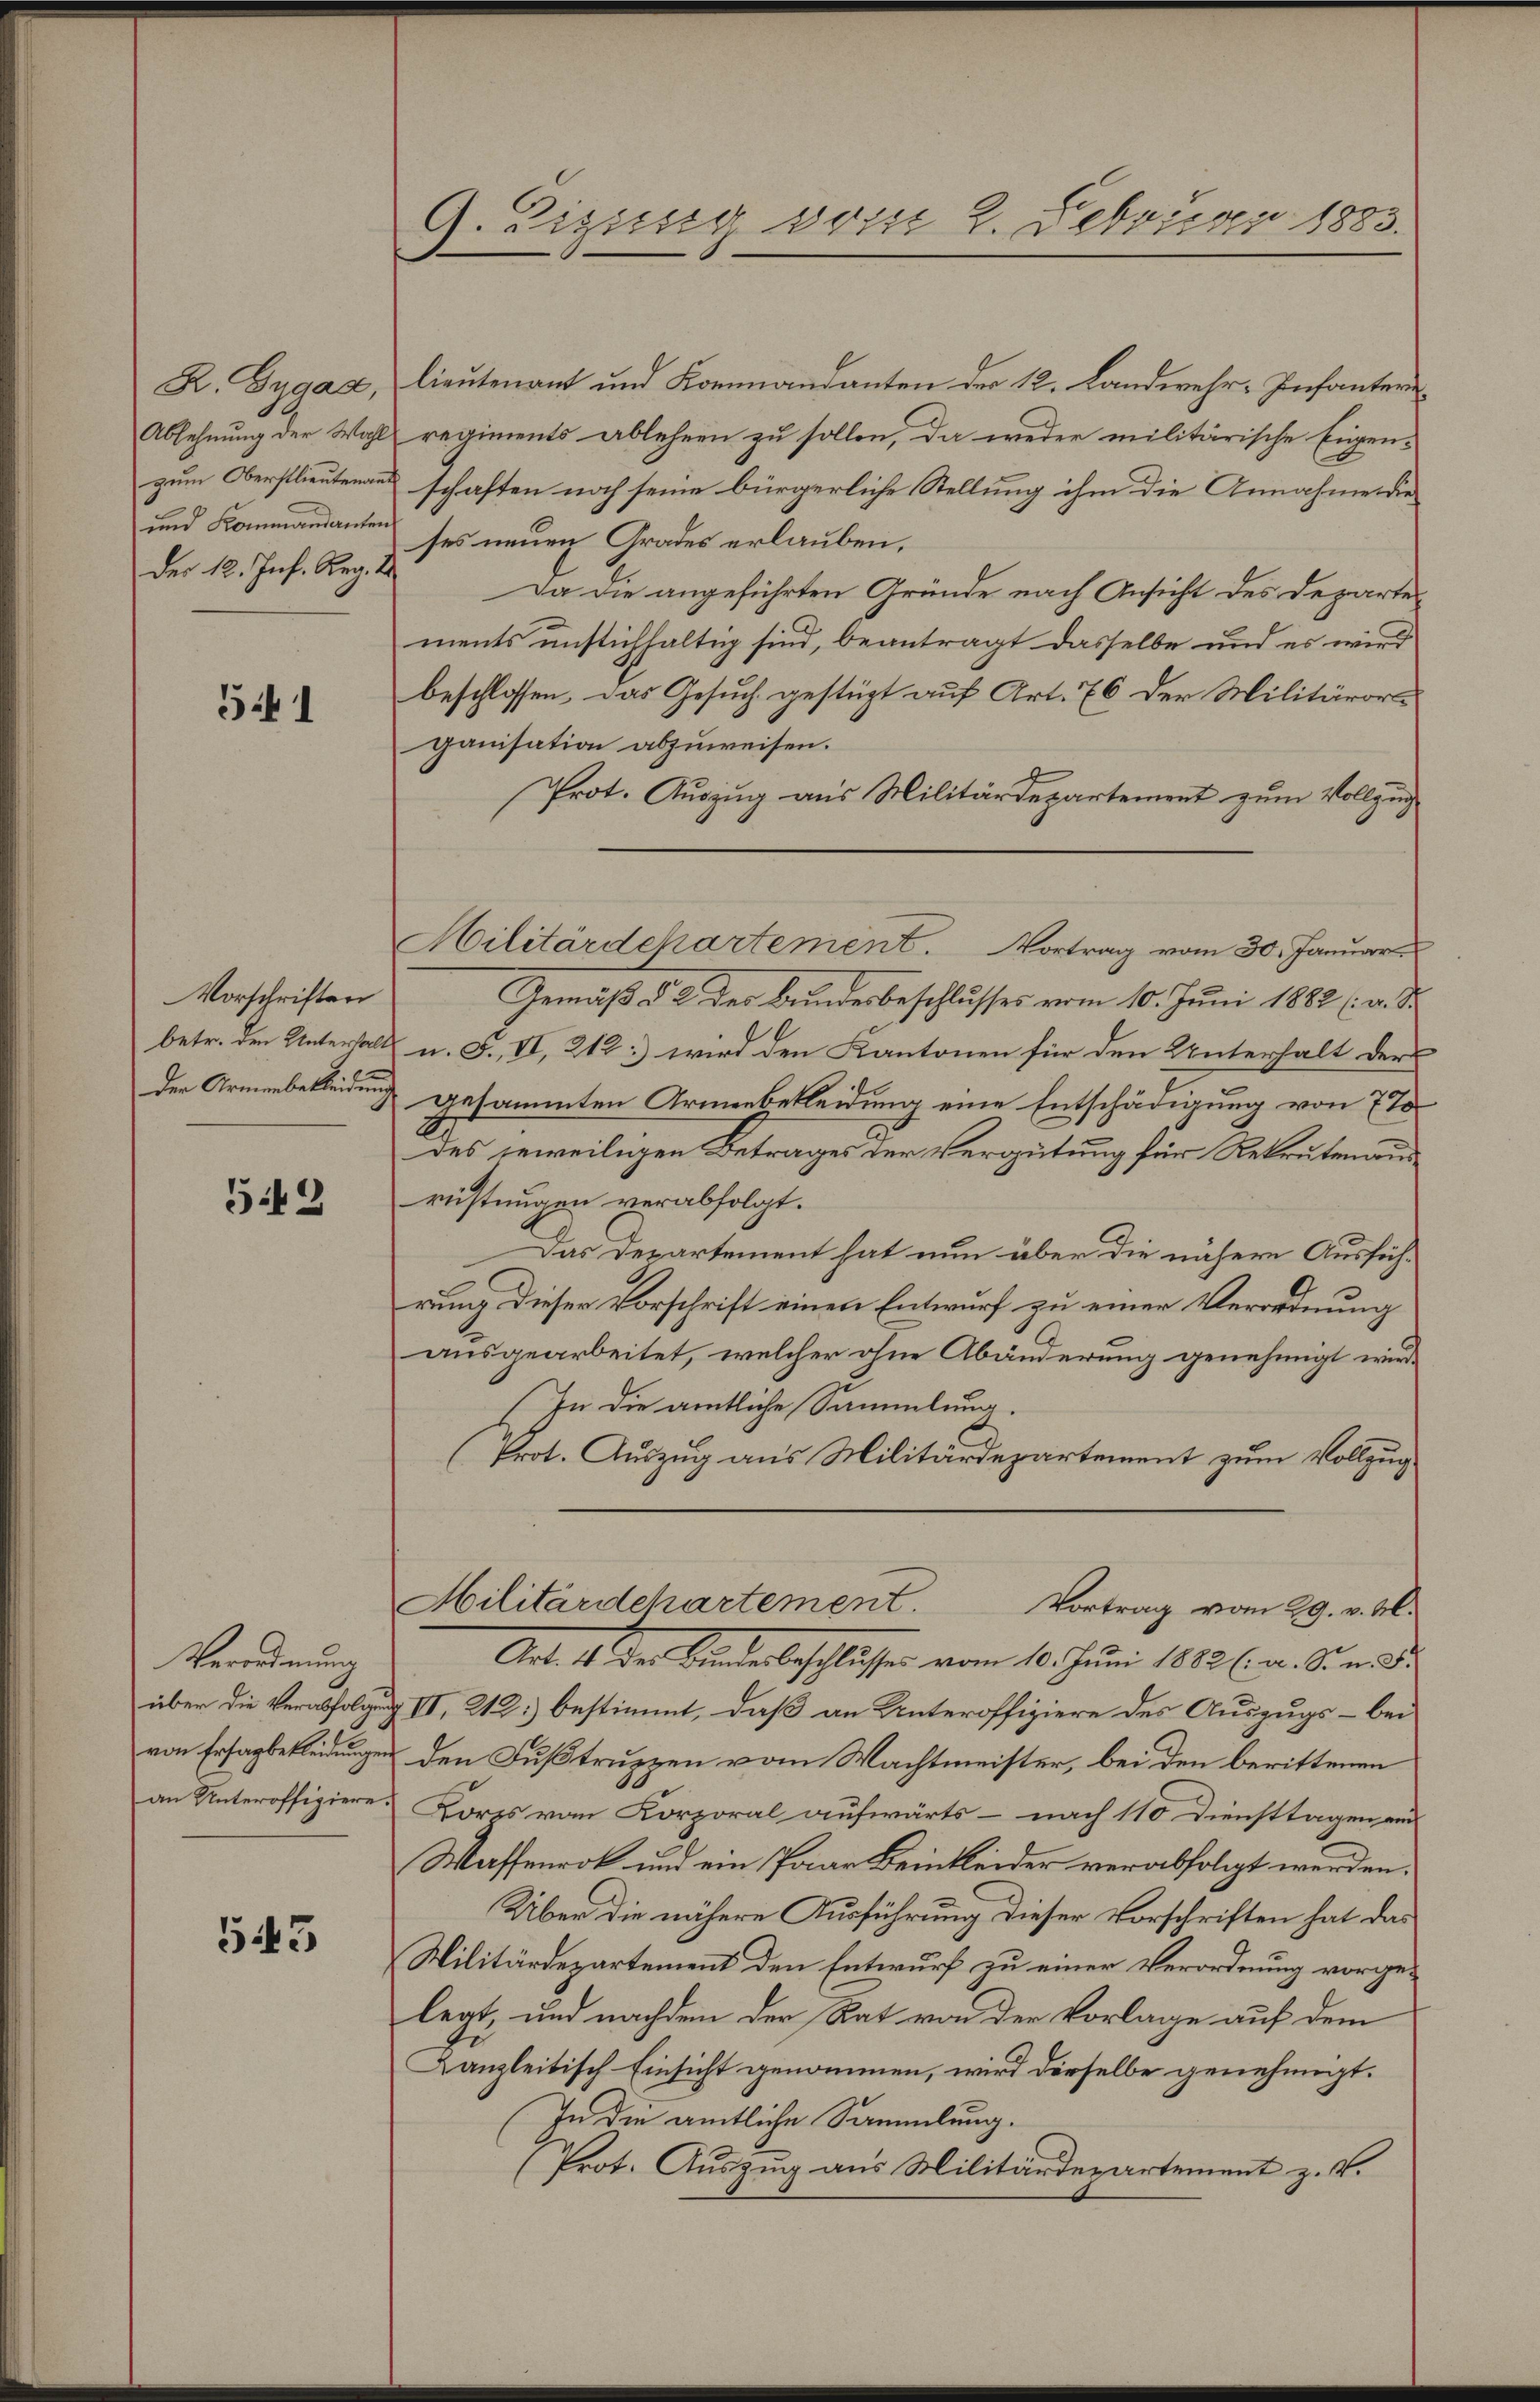
der 12. Inf. Reg. 2

541

Vorschriften

549

Verordnung

543

G. Zizusig vom 2. Februar 1883.

R. Gygaa, lieutenant und Kommandanten der 12. Landwehr-Infanter¬
Ablehnung der Wahl regiments ablehren zu sollen, da weder militärische Eigen-
zum Oberstlieutenans schaften noch seine bürgerliche Stellung ihm die Annahme die
und Kommandanten ses neuen Grades erlauben.
Da die angeführten Gründe nach Ansicht des Departements unstichhaltig sind, beantragt dasselbe und es wird
beschlossen, das Gesuch gestüzt auf Art. 76 der Militärorts
ganisation abzuweisen.
Prot. Auszug aus Militärdepartement zum Vollzug
Gemäß § 2 der Bundesbeschlusses vom 10. Juni 1882 (v. S.
betr. den Unterhalt u. F. VI, 212:) wird den Kantonen für den Unterhalt der
der Armenbekleidung gesammten Armenbekleidung eine Entschädigung von 77
des jeweiligen Betrages der Vergütung für Rekrutenausrüstungen verabfolgt.
Das Departement hat nun über die nähere Ausführung dieser Vorschrift einen Entwurf zu einer Verordnung
ausgearbeitet, welcher ohne Abänderung genehmigt wird¬
In die amtliche Sammlung.
(Prot. Auszug aus Militärdepartement zum Vollzug
Militärdehartement.
Vortrag vom 29. v. M.
Art. 4. der Bunderbeschlosses vom 10. Juni 1882 (a. Si und
über die Verabfolgung III, 212: bestimmt, daß an Unteroffiziere des Auszugs- bei
von Ersagbekleidungen den Fußtruppen vom Wachtmeister, bei den berittenen
an Unteroffiziere Korps vom Korporal aufwärts - nach 110 Diensttagen ein
Wassenrot und ein Paar Beinkleider verabfolgt werden.
Über die nähere Ausführung dieser Vorschriften hat das
Militärdepartement den Entwurf zu einer Verordnung vorgelegt, und nachdem der Rat von der Vorlage auf dem
Kanzleitisch Einsicht genommen, wird dieselbe genehmigt.
In die amtliche Sammlung.
(Prot. Auszug aus Militärdepartement z. V.

Militärdepartement. Vortrag vom 30. Januar